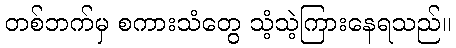
တစ်ဘက်မှ စကားသံတွေ သံ့သဲ့ကြားနေရသည်။